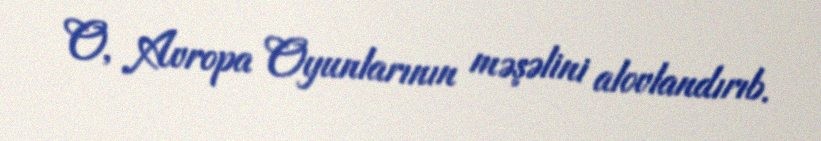
O, Avropa Oyunlarının məşəlini alovlandırıb.